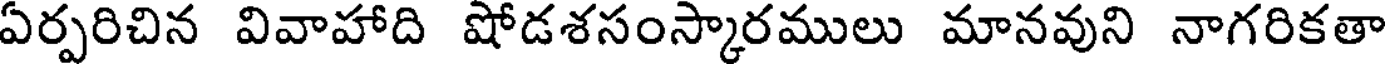
ఏర్పరిచిన వివాహాది షోడశసంస్కారములు మానవుని నాగరికతా